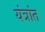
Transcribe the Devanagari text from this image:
यंत्रांत